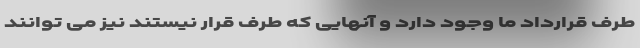
طرف قرارداد ما وجود دارد و آنهایی که طرف قرار نیستند نیز می توانند